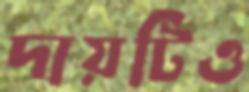
দায়টিও